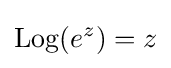
\operatorname {Log} (e^{z})=z